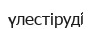
үлестіруді